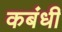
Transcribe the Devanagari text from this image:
कबंधी